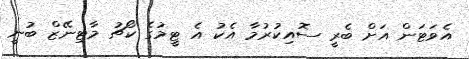
އެވަޓަން އަށް ބެރީ ސޮއިކުރުމާ އެކު އެ ޓީމުގެ ކޯޗު މާޓިނޭޒް ބުނީ